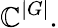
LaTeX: \mathbb{C}^{|G|}.